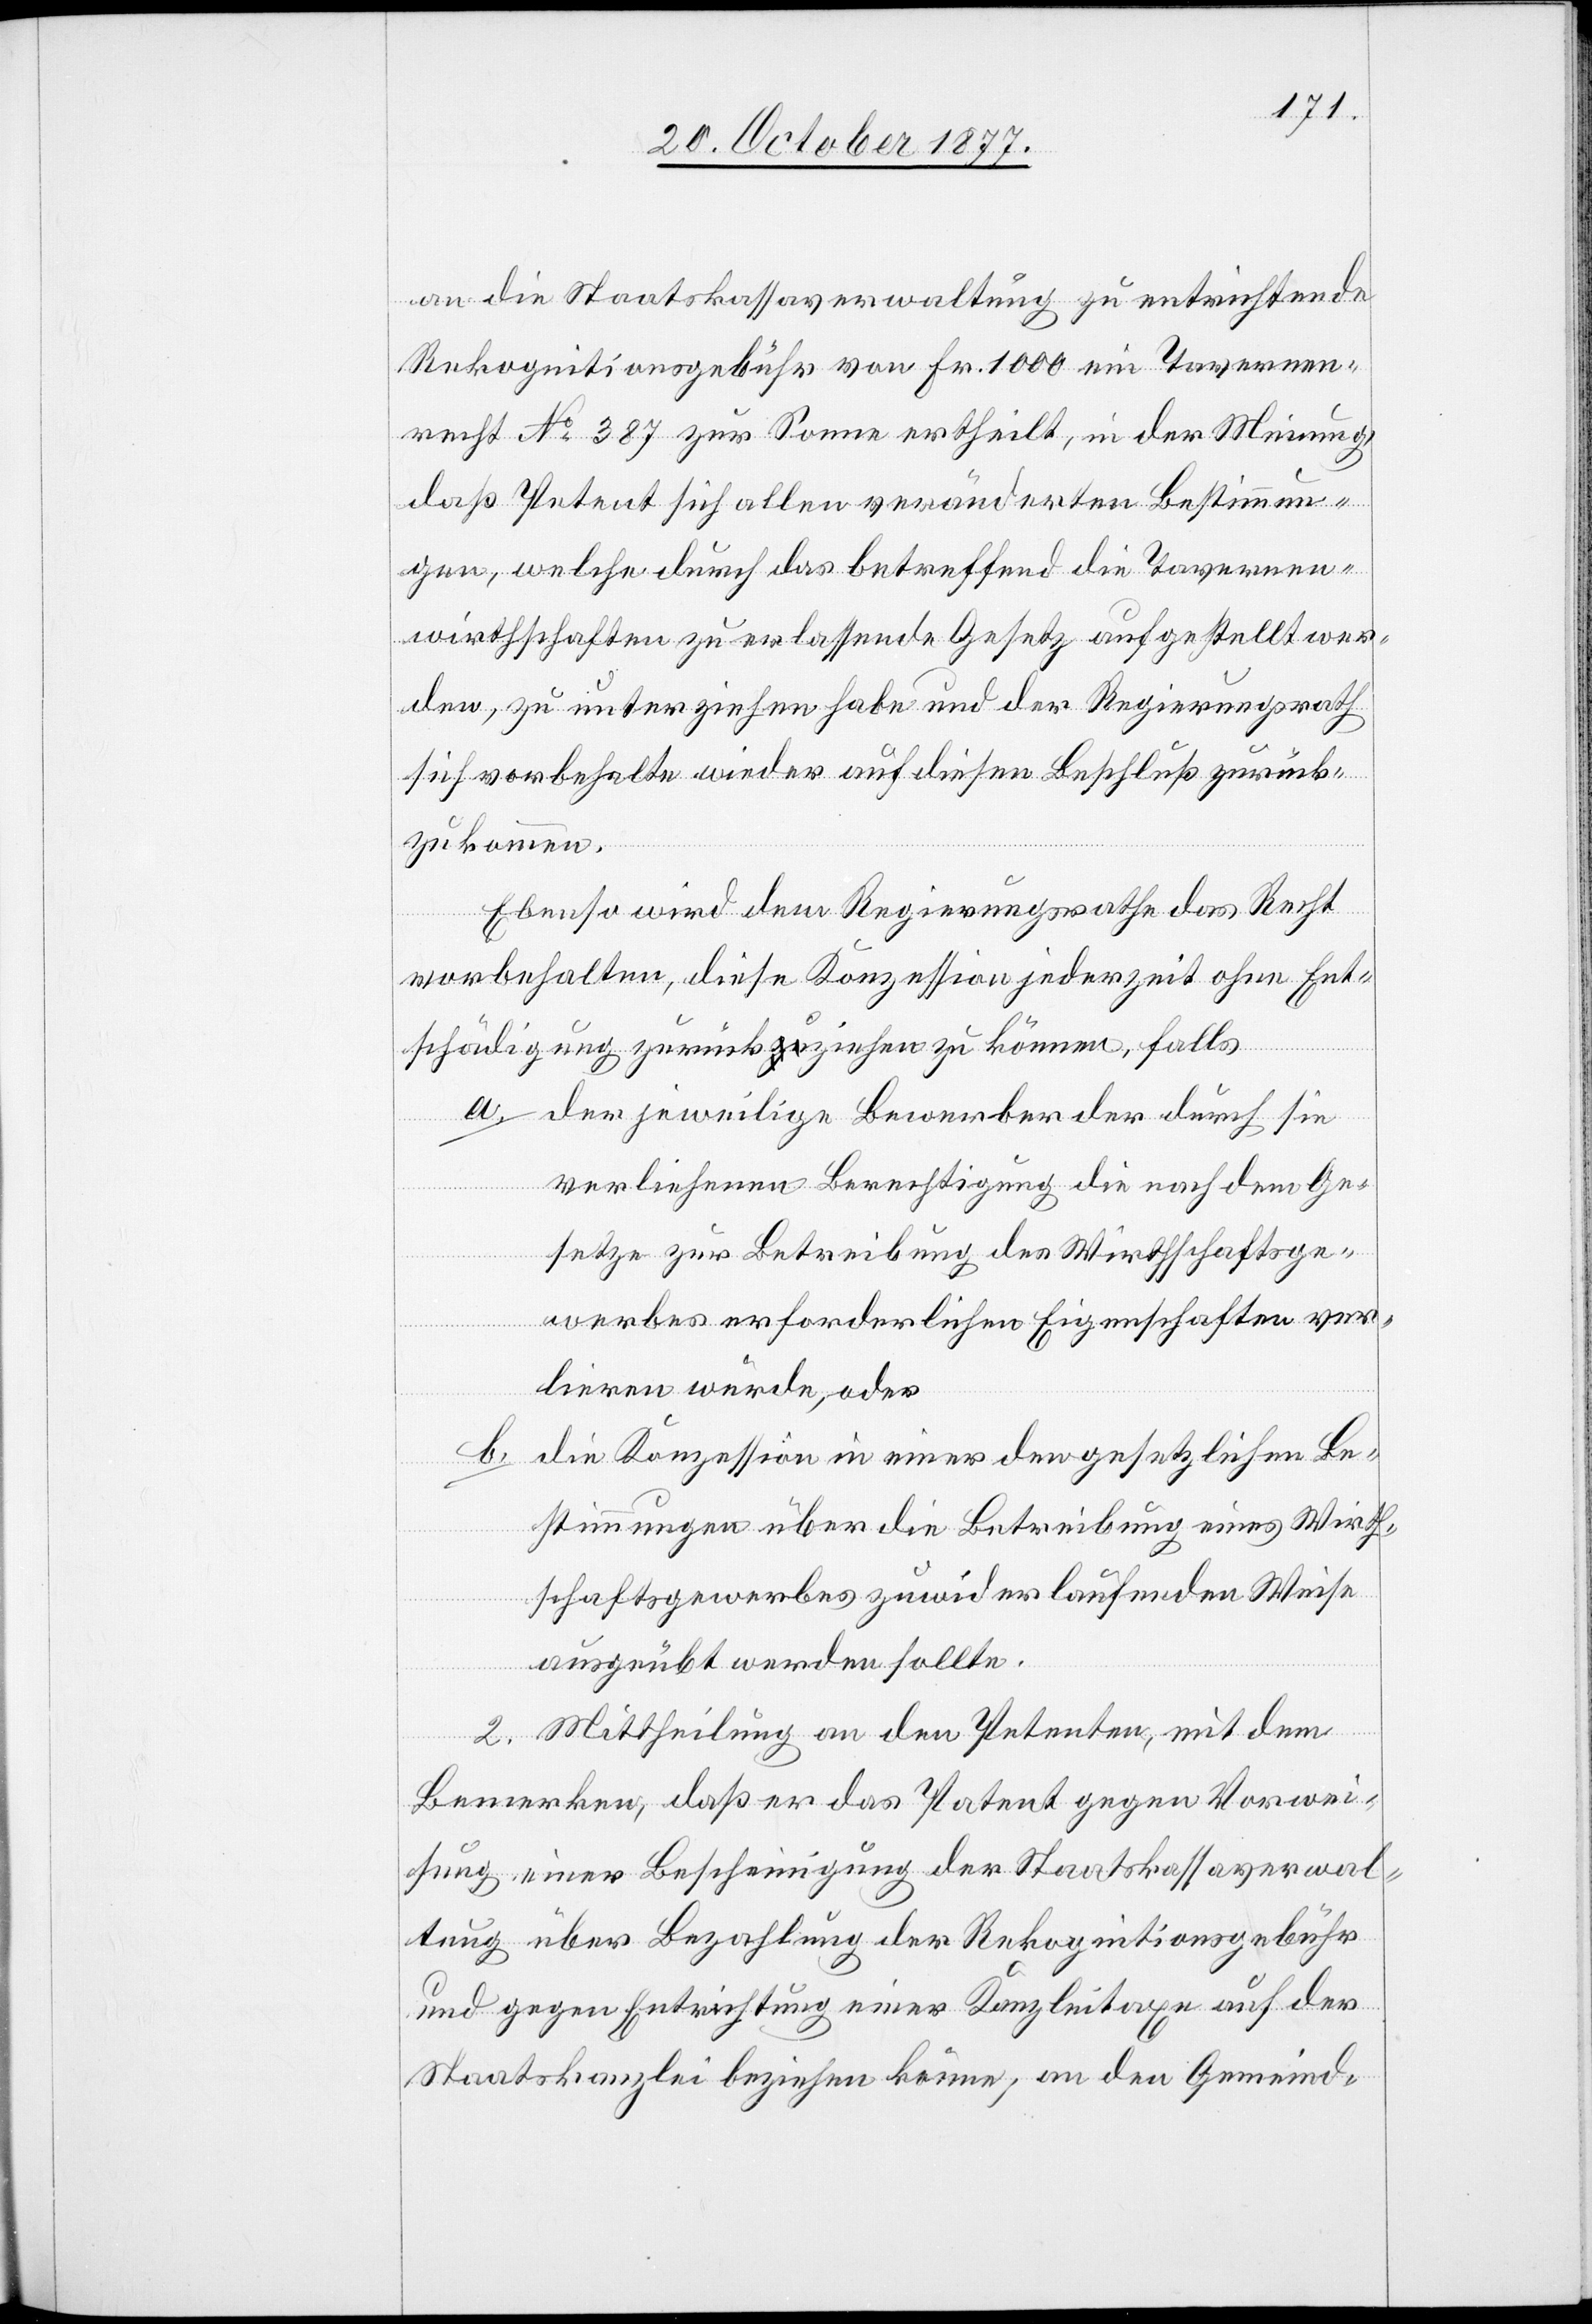
an die Staatskassaverwaltung zu entrichtende
Rekognitionsgebühr von Fr. 1000 ein Tavernen¬
recht No 387 zur Sonne ertheilt, in der Meinung,
daß Petent sich allen veränderten Bestimmun¬
gen, welche durch das betreffend die Tavernen¬
wirthschaften zu erlassende Gesetz aufgestellt wer¬
den, zu unterziehen habe und der Regierungsrath
sich vorbehalte wieder auf diesen Beschluß zurück¬
zukommen.
Ebenso wird dem Regierungsrathe das Recht
vorbehalten, diese Konzession jederzeit ohne Ent¬
schädigung zurücka-zu-aziehen zu können, falls
der jeweilige Bewerber der durch sie
a.
verliehenen Berechtigung die nach dem Ge¬
setze zur Betreibung des Wirthschaftsge¬
werbes erforderlichen Eigenschaften ver¬
lieren würde, oder
die Konzession in einer den gesetzlichen Be¬
b.
stimmungen über die Betreibung eines Wirth¬
schaftsgewerbes zuwiderlaufenden Weise
ausgeübt werden sollte.
2. Mittheilung an den Petenten, mit dem
Bemerken, daß er das Patent gegen Vorwei¬
sung einer Bescheinigung der Staatskassaverwal¬
tung über Bezahlung der Rekognitionsgebühr
und gegen Entrichtung einer Kanzleitaxe auf der
Staatskanzlei beziehen könne; an den Gemeind-